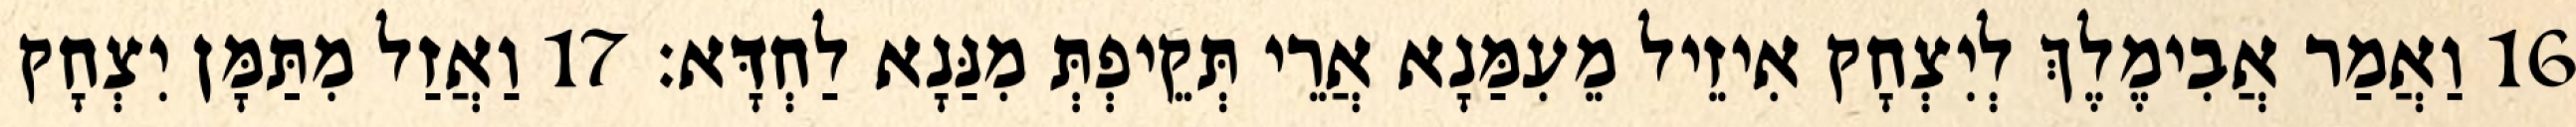
16 וַאֲמַר אֲבִימֶלֶךְ לְיִצְחָק אִיזֵיל מֵעִמַּנָא אֲרֵי תְּקֵיפְתְּ מִנַּנָא לַחְדָּא׃ 17 וַאֲזַל מִתַּמָּן יִצְחָק